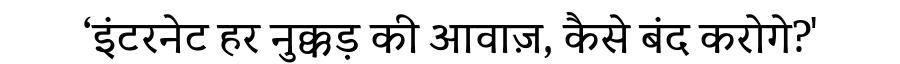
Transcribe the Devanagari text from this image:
‘इंटरनेट हर नुक्कड़ की आवाज़, कैसे बंद करोगे?'